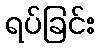
ရပ်ခြင်း